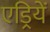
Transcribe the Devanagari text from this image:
एड्रियें